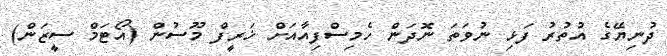
ދުނިޔޭގެ އުތުރު ފަޅި ނުވަތަ ނޮދަން ހެމިސްފިއާއަށް ޚަރީފް މޫސުން (އޯޓަމް ސީޒަން)